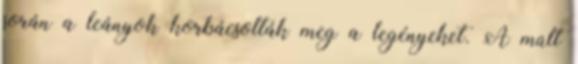
során a leányok korbácsolták meg a legényeket. A múlt